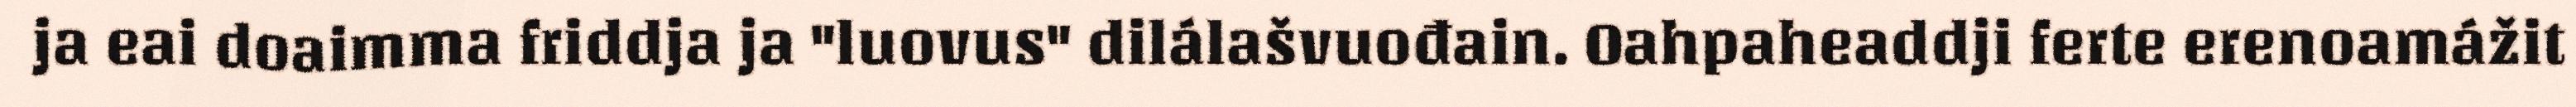
ja eai doaimma friddja ja "luovus" dilálašvuođain. Oahpaheaddji ferte erenoamážit